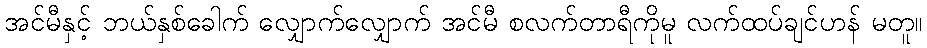
အင်မီနှင့် ဘယ်နှစ်ခေါက် လျှောက်လျှောက် အင်မီ စလက်တာရီကိုမူ လက်ထပ်ချင်ဟန် မတူ။